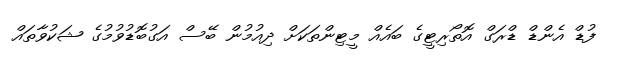
ފުޑް އެންޑް ޑްރަގް އޮތޯރިޓީގެ ބައެއް މީޓިންތަކަށް ދިއުމުން ބޭސް އަގުބޮޑުވުމުގެ ޝަކުވާތައް